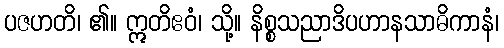
ပဇဟတိ၊ ၏။ ဣတိဧဝံ၊ သို့။ နိစ္စသညာဒိပဟာနသာဓိကာနံ၊